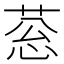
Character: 䓗